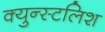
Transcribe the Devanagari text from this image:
क्युन्स्टलिश